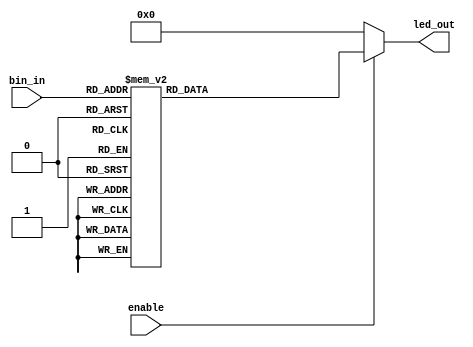
module bin2led7 (enable, bin_in, led_out);
input enable;
input [3:0] bin_in;
output reg [6:0] led_out;


always@* begin

	if (enable == 1) begin
		case(bin_in)
			(4'd1): led_out = (7'b0110000);
			(4'd2): led_out = (7'b1101101);
			(4'd3): led_out = (7'b1111001);
			(4'd4): led_out = (7'b0110011);
			(4'd5): led_out = (7'b1011011);
			(4'd6): led_out = (7'b1011111);
			(4'd7): led_out = (7'b1110000);
			(4'd8): led_out = (7'b1111111);
			(4'd9): led_out = (7'b1111011);
			(4'd0): led_out = (7'b1111110);
			default: led_out = (7'b1001001);
		endcase
	end
	else 
	begin
		led_out = (7'b0000000);
	end
end
endmodule